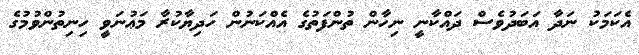
އެކަމަކު ނަދާ އަބަދުވެސް ދައްކާނީ ނިހާން ތުންފަތުގެ އެއްކަނުން ހަދިޔާކުރާ މަޢުނަވީ ހިނިތުންވުމުގެ